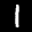
Label: 1